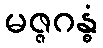
မဇ္ဇဂန္ဓံ